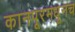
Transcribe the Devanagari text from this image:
कानपूरमधूनच